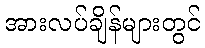
အားလပ်ချိန်များတွင်